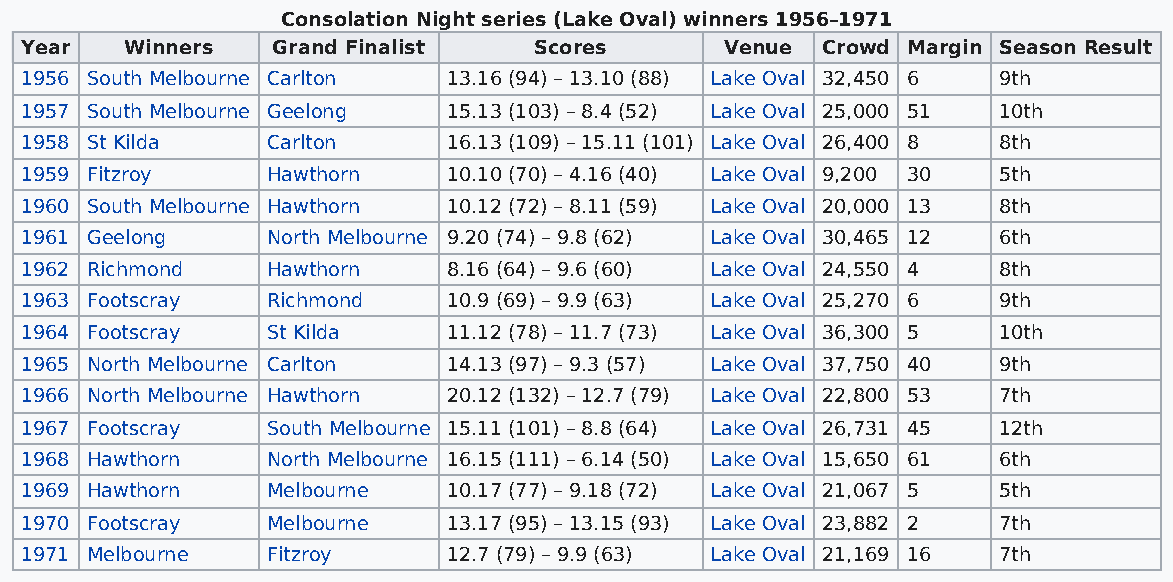
Consolation Night series (Lake Oval) winners 1956–1971
 Year   Winners   Grand Finalist   Scores       Venue Crowd Margin Season Result
 1956 South Melbourne Carlton 13.16 (94) – 13.10 (88) Lake Oval 32,450 6 9th
 1957 South Melbourne Geelong 15.13 (103) – 8.4 (52) Lake Oval 25,000 51 10th
 1958 St Kilda    Carlton     16.13 (109) – 15.11 (101) Lake Oval 26,400 8 8th
 1959 Fitzroy     Hawthorn    10.10 (70) – 4.16 (40) Lake Oval 9,200 30 5th
 1960 South Melbourne Hawthorn 10.12 (72) – 8.11 (59) Lake Oval 20,000 13 8th
 1961 Geelong     North Melbourne 9.20 (74) – 9.8 (62) Lake Oval 30,465 12 6th
 1962 Richmond    Hawthorn    8.16 (64) – 9.6 (60) Lake Oval 24,550 4 8th
 1963 Footscray   Richmond    10.9 (69) – 9.9 (63) Lake Oval 25,270 6 9th
 1964 Footscray   St Kilda    11.12 (78) – 11.7 (73) Lake Oval 36,300 5 10th
 1965 North Melbourne Carlton 14.13 (97) – 9.3 (57) Lake Oval 37,750 40 9th
 1966 North Melbourne Hawthorn 20.12 (132) – 12.7 (79) Lake Oval 22,800 53 7th
 1967 Footscray   South Melbourne 15.11 (101) – 8.8 (64) Lake Oval 26,731 45 12th
 1968 Hawthorn    North Melbourne 16.15 (111) – 6.14 (50) Lake Oval 15,650 61 6th
 1969 Hawthorn    Melbourne   10.17 (77) – 9.18 (72) Lake Oval 21,067 5 5th
 1970 Footscray   Melbourne   13.17 (95) – 13.15 (93) Lake Oval 23,882 2 7th
 1971 Melbourne   Fitzroy     12.7 (79) – 9.9 (63) Lake Oval 21,169 16 7th